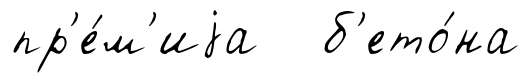
пр'е́м'иjа б'ето́на